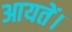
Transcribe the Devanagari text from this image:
आयतें।